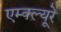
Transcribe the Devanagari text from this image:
एम्क्ल्यूरे